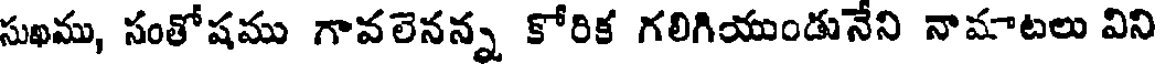
సుఖము, సంతోషము గావలెనన్న కోరిక గలిగియుండునేని నామాటలు విని